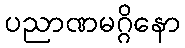
ပညာဏမဂ္ဂိနော